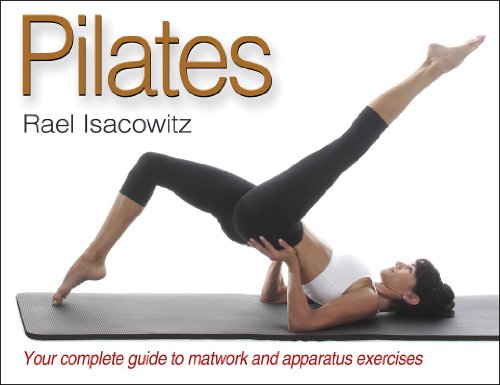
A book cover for Pilates; Rael Isacowitz; Health, Fitness & Dieting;